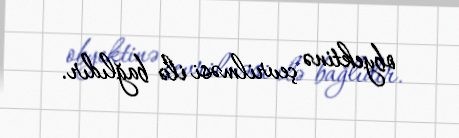
obyektinə çevrilməsi ilə bağlıdır.